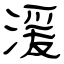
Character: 湲